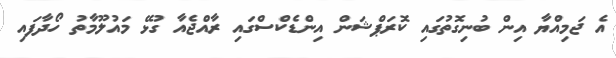
އެ ޖަމިއްޔާ އިން ބުނިގޮތުގައި ކޮރަޕްޝަން އިންޑެކްސްގައި ރާއްޖެއާ ގުޅޭ މައުލޫމާތު ހޯދާފައި